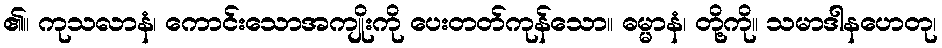
၏။ ကုသလာနံ၊ ကောင်းသောအကျိုးကို ပေးတတ်ကုန်သော။ ဓမ္မာနံ၊ တို့ကို။ သမာဒါနဟေတု၊